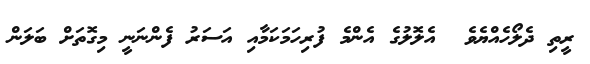
ރީތި ދެލޯހެއްޔެވެ  އެލޮލުގެ އެންމެ ފުރިހަމަކަމާއި އަސަރު ފެންނަނީ މިގޮތަށް ބަލަން